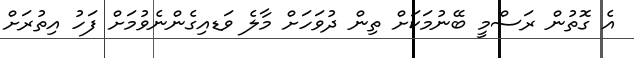
އެ ގޮތުން ރަސްމީ ބޭނުމަކަށް ތިން ދުވަހަށް މާލެ ވަޑއިގެންނެވުމަށް ފަހު އިތުރަށް